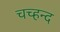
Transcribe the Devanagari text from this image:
चच्हन्द